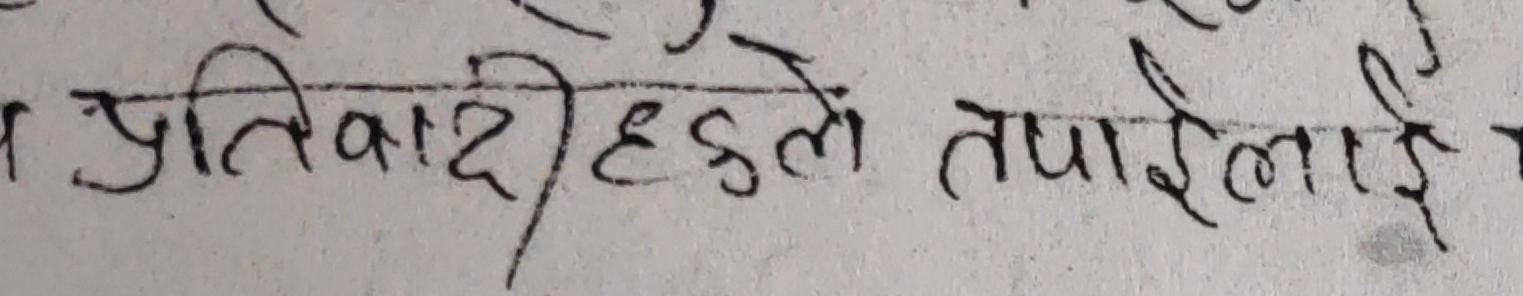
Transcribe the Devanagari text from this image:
प्रतिवादीहरुले तपाईलाई